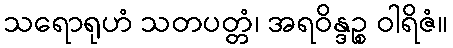
သရောရုဟံ သတပတ္တံ၊ အရဝိန္ဒဉ္စ ဝါရိဇံ။